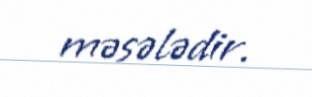
məsələdir.